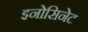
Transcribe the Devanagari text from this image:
इनोसिनेट